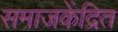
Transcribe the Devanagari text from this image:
समाजकेंद्रित